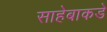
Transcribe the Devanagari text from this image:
साहेबाकडे